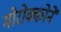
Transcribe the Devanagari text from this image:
मोरोक्कोने